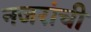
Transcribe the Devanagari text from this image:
नजरांची